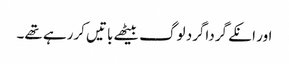
اور انکے گرداگرد لوگ بیٹھے باتیں کررہے تھے۔